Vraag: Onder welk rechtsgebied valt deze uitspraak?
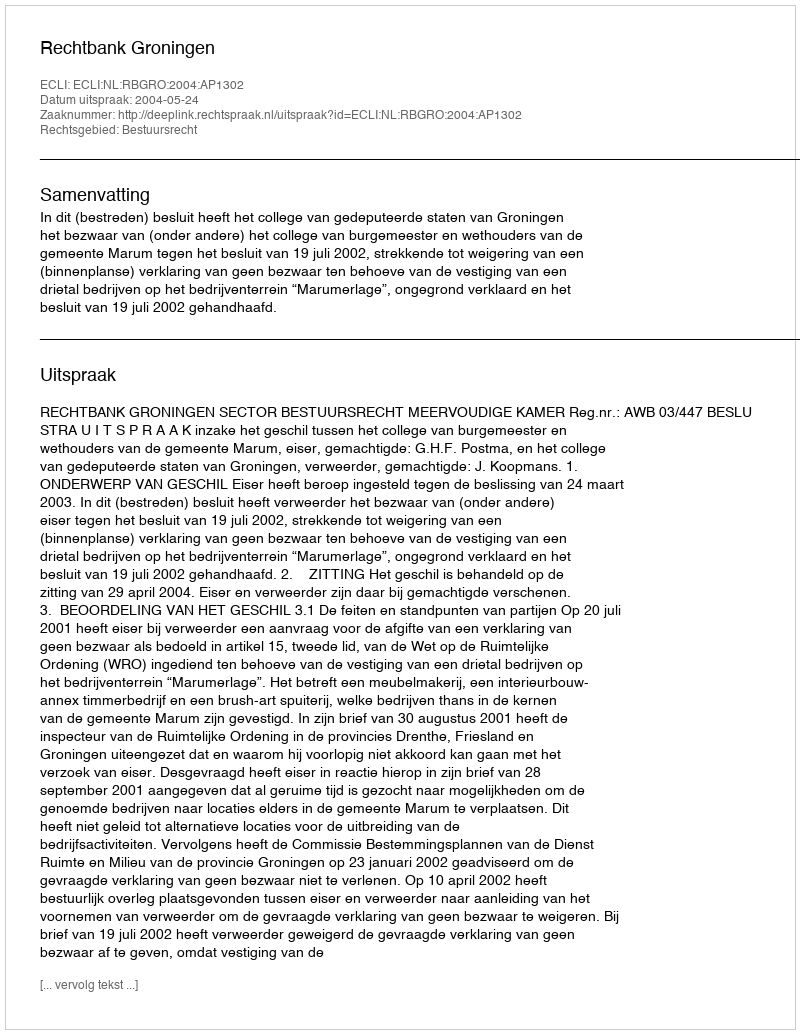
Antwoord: Bestuursrecht